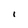
Character: 1